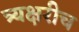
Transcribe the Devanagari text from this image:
त्र्यक्षरीच